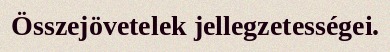
Összejövetelek jellegzetességei.